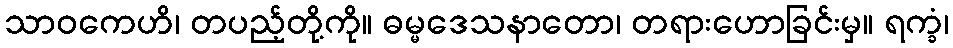
သာဝကေဟိ၊ တပည့်တို့ကို။ ဓမ္မဒေသနာတော၊ တရားဟောခြင်းမှ။ ရက္ခံ၊